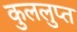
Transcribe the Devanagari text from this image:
कुललुप्त